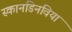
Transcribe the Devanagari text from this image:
स्कानडिनविया